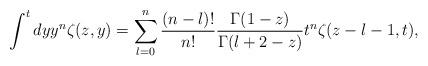
LaTeX: \begin{align*}\int^tdy y^n\zeta(z,y)=\sum^n_{l=0}\frac{(n-l)!}{n!}\frac{\Gamma(1-z)}{\Gamma(l+2-z)}t^n\zeta(z-l-1,t),\end{align*}